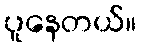
ပူနေတယ်။